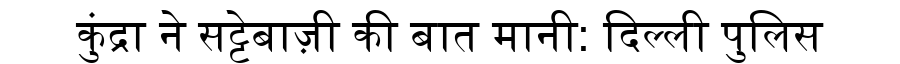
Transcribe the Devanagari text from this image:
कुंद्रा ने सट्टेबाज़ी की बात मानी: दिल्ली पुलिस